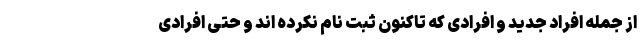
از جمله افراد جدید و افرادی که تاکنون ثبت نام نکرده اند و حتی افرادی